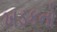
ખડકનો